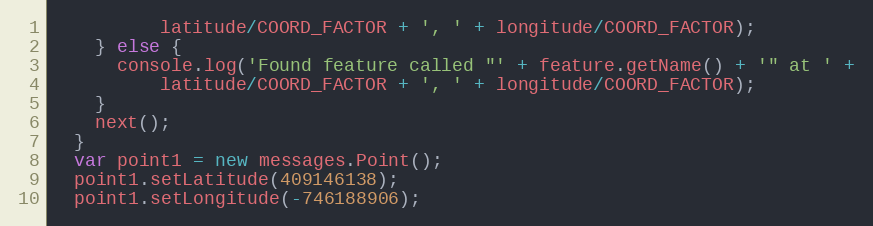
Language: JavaScript
          latitude/COORD_FACTOR + ', ' + longitude/COORD_FACTOR);
    } else {
      console.log('Found feature called "' + feature.getName() + '" at ' +
          latitude/COORD_FACTOR + ', ' + longitude/COORD_FACTOR);
    }
    next();
  }
  var point1 = new messages.Point();
  point1.setLatitude(409146138);
  point1.setLongitude(-746188906);